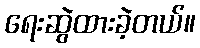
ရေးဆွဲထားခဲ့တယ်။